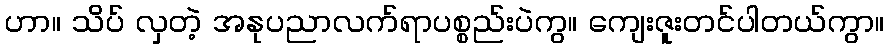
ဟာ။ သိပ် လှတဲ့ အနုပညာလက်ရာပစ္စည်းပဲကွ။ ကျေးဇူးတင်ပါတယ်ကွာ။